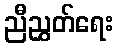
ညီညွှတ်ရေး